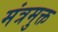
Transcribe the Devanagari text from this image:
मंत्रमुक्त